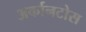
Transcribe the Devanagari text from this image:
अर्कानटोस